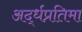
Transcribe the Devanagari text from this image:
अर्द्धप्रतिमा